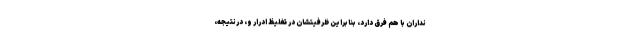
نداران با هم فرق دارد، بنابراین ظرفیتشان در تغلیظ ادرار و، درنتیجه،